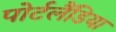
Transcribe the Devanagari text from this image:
पोर्टलैंडिया